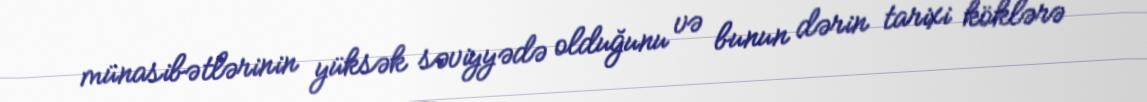
münasibətlərinin yüksək səviyyədə olduğunu və bunun dərin tarixi köklərə